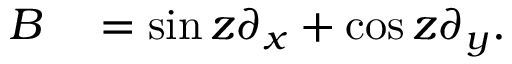
\begin{array} { r l } { B } & { { } = \sin z \partial _ { x } + \cos z \partial _ { y } . } \end{array}